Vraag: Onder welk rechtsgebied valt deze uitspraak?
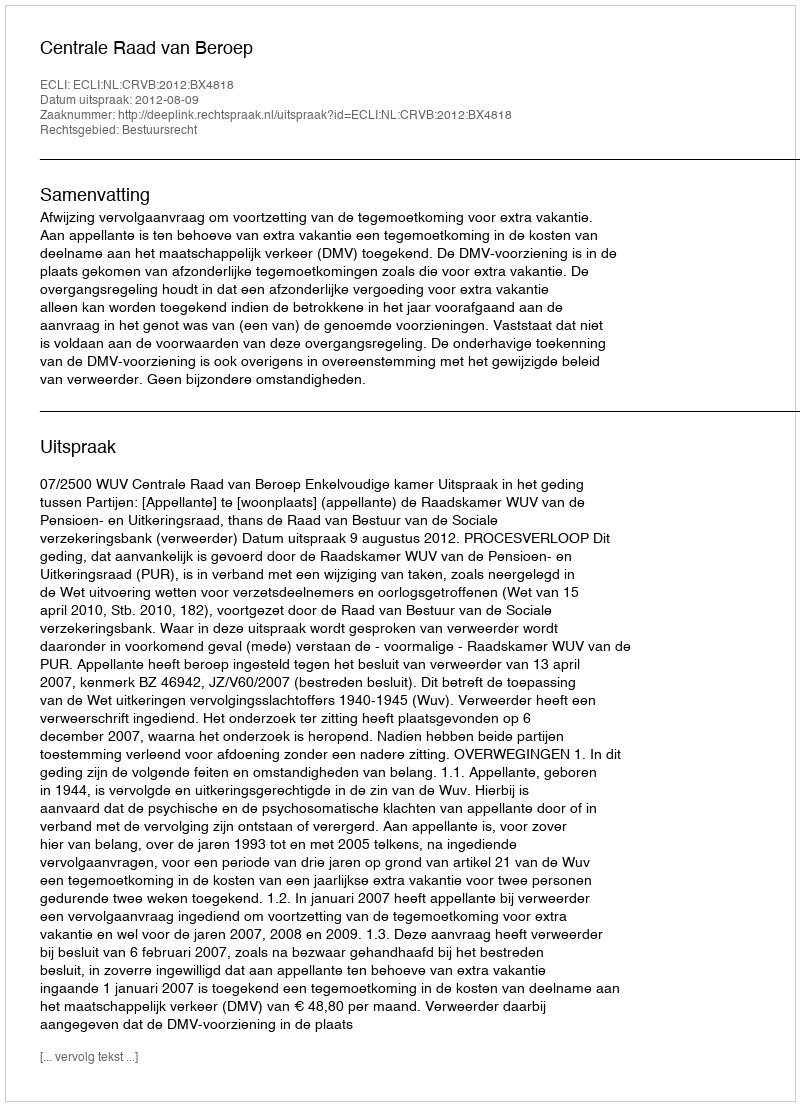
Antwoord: Bestuursrecht